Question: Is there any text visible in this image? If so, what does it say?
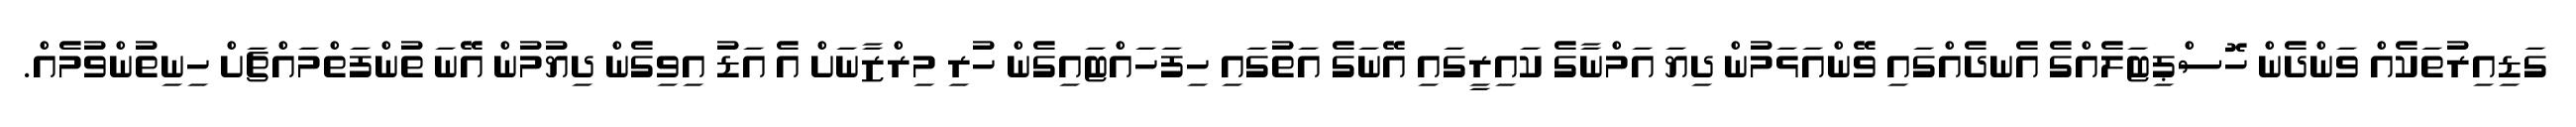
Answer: ގަޑިއިރުތަކެއް ވަންދެން ހޮސްޕިޓަލެއްގެ އެނދެއްގައި ވޭންއަޅަމުން ދިޔަ އަމްނާގެ ކައިރީގައި އޭނަގެ އަތުގައި ހިފަހައްޓައިގެން ހުރި މިރްޒާނަށް އެ އަޑު އިވިގެން ދިޔުމުން އޭނަ ތުންފަތްމައްޗަށް ހިނިތުންވުމެއް.